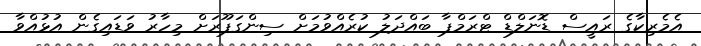
އެމެރިކާގެ ރައީސް ޑޮނަލްޑް ޓްރަމްޕާ ބައްދަލު ކުރެއްވުމަށް ސިންގަޕޫރަށް މިހާރު ވަޑައިގެން އުޅުއްވާ